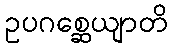
ဥပဂစ္ဆေယျာတိ